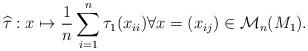
LaTeX: \begin{align*}\widehat{\tau}:x\mapsto\frac{1}{n}\sum_{i=1}^{n}\tau_{1}(x_{ii}) \forall x = (x_{ij}) \in \mathcal{M}_{n}(M_{1}).\end{align*}